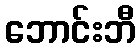
ဘောင်းဘီ